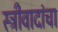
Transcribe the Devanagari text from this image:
स्त्रीवादांचा